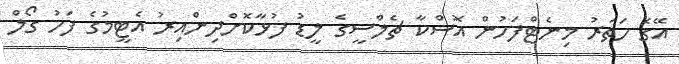
އޭގެ ހަތަރު މިނެޓްފަހުން އޮސްކާ ޗެލްސީގެ ލީޑު ފުޅާކޮށްދިންއިރު އެޓީމުގެ ފަހު ގޯލް